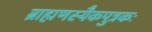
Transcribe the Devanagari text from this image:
ब्राह्मणस्यैकपुत्रकः